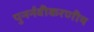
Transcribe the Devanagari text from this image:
पुनर्नवीकरणीय